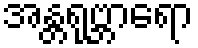
အန္တရုဗ္ဘာရော